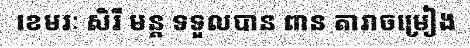
ខេមរៈ សិរី មន្ត ទទួលបាន ពាន តារាចម្រៀង